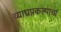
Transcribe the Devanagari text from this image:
व्याघ्रप्रकल्पाचा